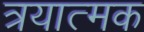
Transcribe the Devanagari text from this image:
त्रयात्मक